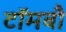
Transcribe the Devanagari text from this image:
टॉमबौ